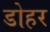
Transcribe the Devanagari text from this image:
डोहर